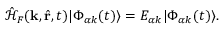
\begin{array} { r } { \mathcal { \hat { H } } _ { F } ( \mathbf { k } , \hat { \mathbf { r } } , t ) | \Phi _ { \alpha k } ( t ) \rangle = E _ { \alpha k } | \Phi _ { \alpha k } ( t ) \rangle . } \end{array}